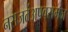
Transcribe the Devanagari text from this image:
नसजतंअपवसमज